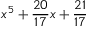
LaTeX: x ^ { 5 } + { \frac { 2 0 } { 1 7 } } x + { \frac { 2 1 } { 1 7 } }